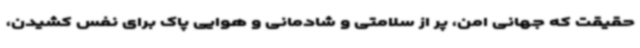
حقیقت که جهانی امن، پر از سلامتی و شادمانی و هوایی پاک برای نفس کشیدن،